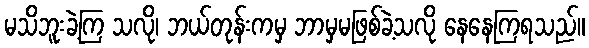
မသိဘူးခဲ့ကြ သလို၊ ဘယ်တုန်းကမှ ဘာမှမဖြစ်ခဲ့သလို နေနေကြရသည်။